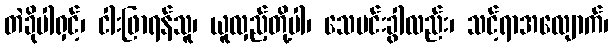
တဲခိုပါရှင့်၊ ငါးဖြာရန်သူ၊ ယူလှည့်တို့ပါ၊ သေမင်းခွါလည်း၊ သင့်ရာအလျောက်၊